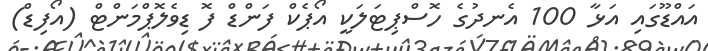
އައްޑޫގައި އަޅާ 100 އެނދުގެ ހޮސްޕިޓަލަކީ އޯޕެކް ފަންޑް ފޮ ޑިވެލޮޕްމަންޓް (އޯފިޑް)